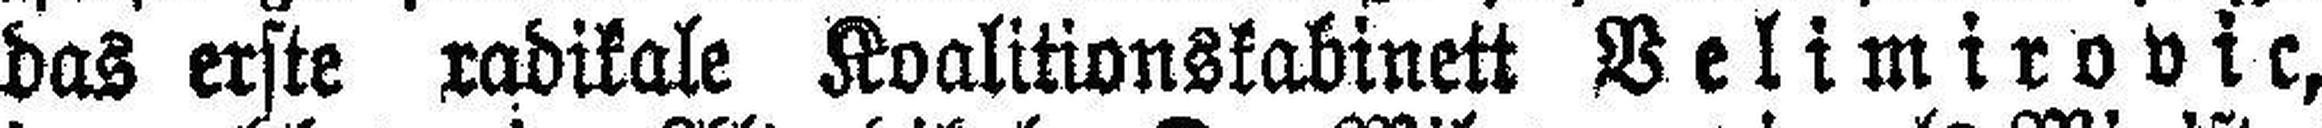
das erste radikale Koalitionskabinett Velimirovic,